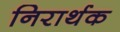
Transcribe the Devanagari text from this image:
निरार्थक